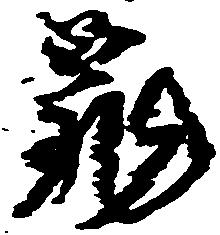
亀